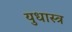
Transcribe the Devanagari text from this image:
युधास्त्र